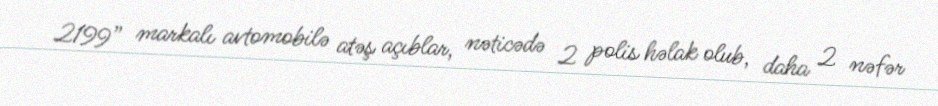
2199” markalı avtomobilə atəş açıblar, nəticədə 2 polis həlak olub, daha 2 nəfər